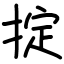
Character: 掟